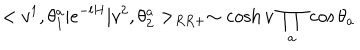
< v ^ { 1 } , \theta _ { 1 } ^ { a } | e ^ { - l H } | v ^ { 2 } , \theta _ { 2 } ^ { a } > _ { R R + } \sim \cosh v \, \prod _ { a } \, \cos \theta _ { a } \nonumber